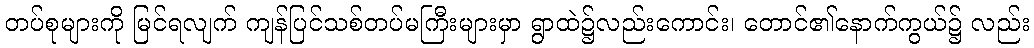
တပ်စုများကို မြင်ရလျက် ကျန်ပြင်သစ်တပ်မကြီးများမှာ ရွာထဲ၌လည်းကောင်း၊ တောင်၏နောက်ကွယ်၌ လည်း